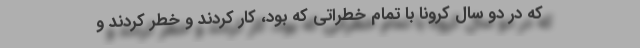
که در دو سال کرونا با تمام خطراتی که بود، کار کردند و خطر کردند و